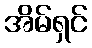
အိမ်ရှင်